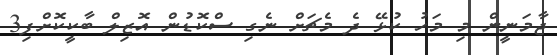
ޖާމަނީން މި މަހު ކުޅޭ ދެ މެޗަށް ނެގި ސްކޮޑުން އޮޒިލް ބާކީކޮށްފި3